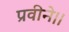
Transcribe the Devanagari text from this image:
प्रवीने।।